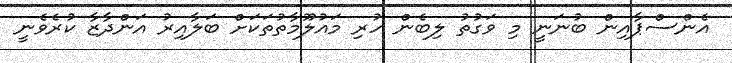
އެންސްޕާއިން ބުނަނީ މި ވަގުތު ލިބެން ހުރި މައުލޫމާތުތަކަށް ބަލާއިރު އަންދާޒާ ކުރެވެނީ